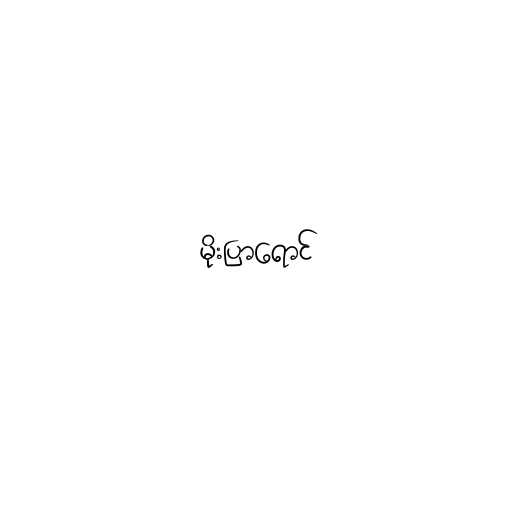
မိုးပြာရောင်